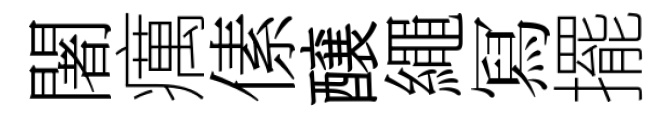
闍癘傃醸繩冩擺